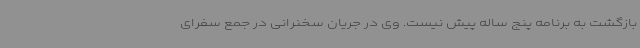
بازگشت به برنامه پنج ساله پیش نیست. وی در جریان سخنرانی در جمع سفرای